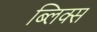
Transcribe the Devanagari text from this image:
ब्लिक्स